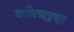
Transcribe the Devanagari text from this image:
भलिष्यद्रष्टा